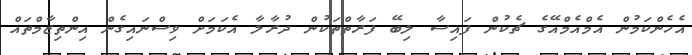
އެހެންކަމުން އެމްއެމްއޭގެ ޗެކުން ފައިސާ ލިބޭ ފަރާތްތަކުން ދުރާލާ އެކަމަށް ވިސްނައިގެން އިންތިޒާމްތައް